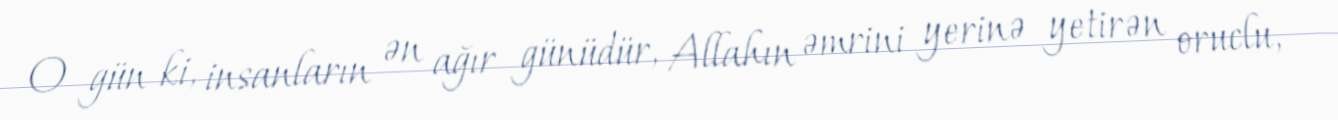
O gün ki, insanların ən ağır günüdür, Allahın əmrini yerinə yetirən oruclu,